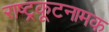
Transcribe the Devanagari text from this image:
राष्ट्रकूटनामक